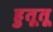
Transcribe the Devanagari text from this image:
हुतूतू